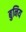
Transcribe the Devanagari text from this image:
बुनिय